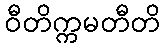
ဝီတိက္ကမတီတိ